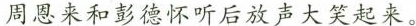
周恩来和彭德怀听后放声大笑起来。